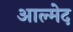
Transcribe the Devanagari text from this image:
आल्मेद